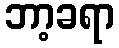
ဘာ့ခရာ